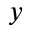
y